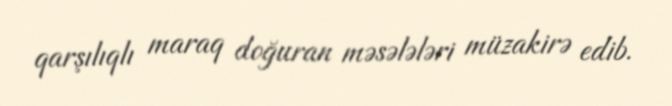
qarşılıqlı maraq doğuran məsələləri müzakirə edib.